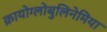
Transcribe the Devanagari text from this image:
क्रायोग्लोबुलिनेमिया